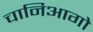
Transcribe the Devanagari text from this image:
चानिआगो